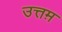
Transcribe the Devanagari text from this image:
उत्तम़